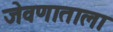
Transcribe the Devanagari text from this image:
जेवणाताला